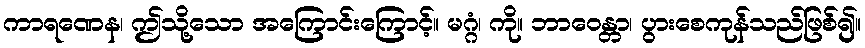
ကာရဏေန၊ ဤသို့သော အကြောင်းကြောင့်။ မဂ္ဂံ၊ ကို။ ဘာဝေန္တာ၊ ပွားစေကုန်သည်ဖြစ်၍။